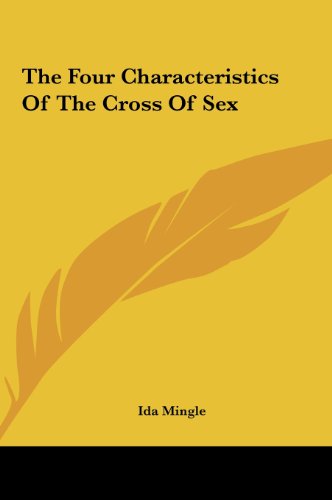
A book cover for The Four Characteristics Of The Cross Of Sex; Ida Mingle; Computers & Technology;